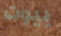
بيوت